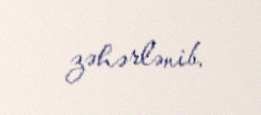
zəhərlənib.